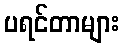
ပရင်တာများ